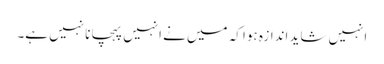
انہیں شاید اندازہ ہوا کہ میں نے انہیں پہچانا نہیں ہے۔